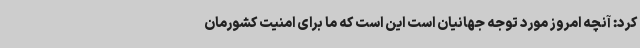
کرد: آنچه امروز مورد توجه جهانیان است این است که ما برای امنیت کشورمان